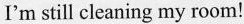
I'm still cleaning my room!